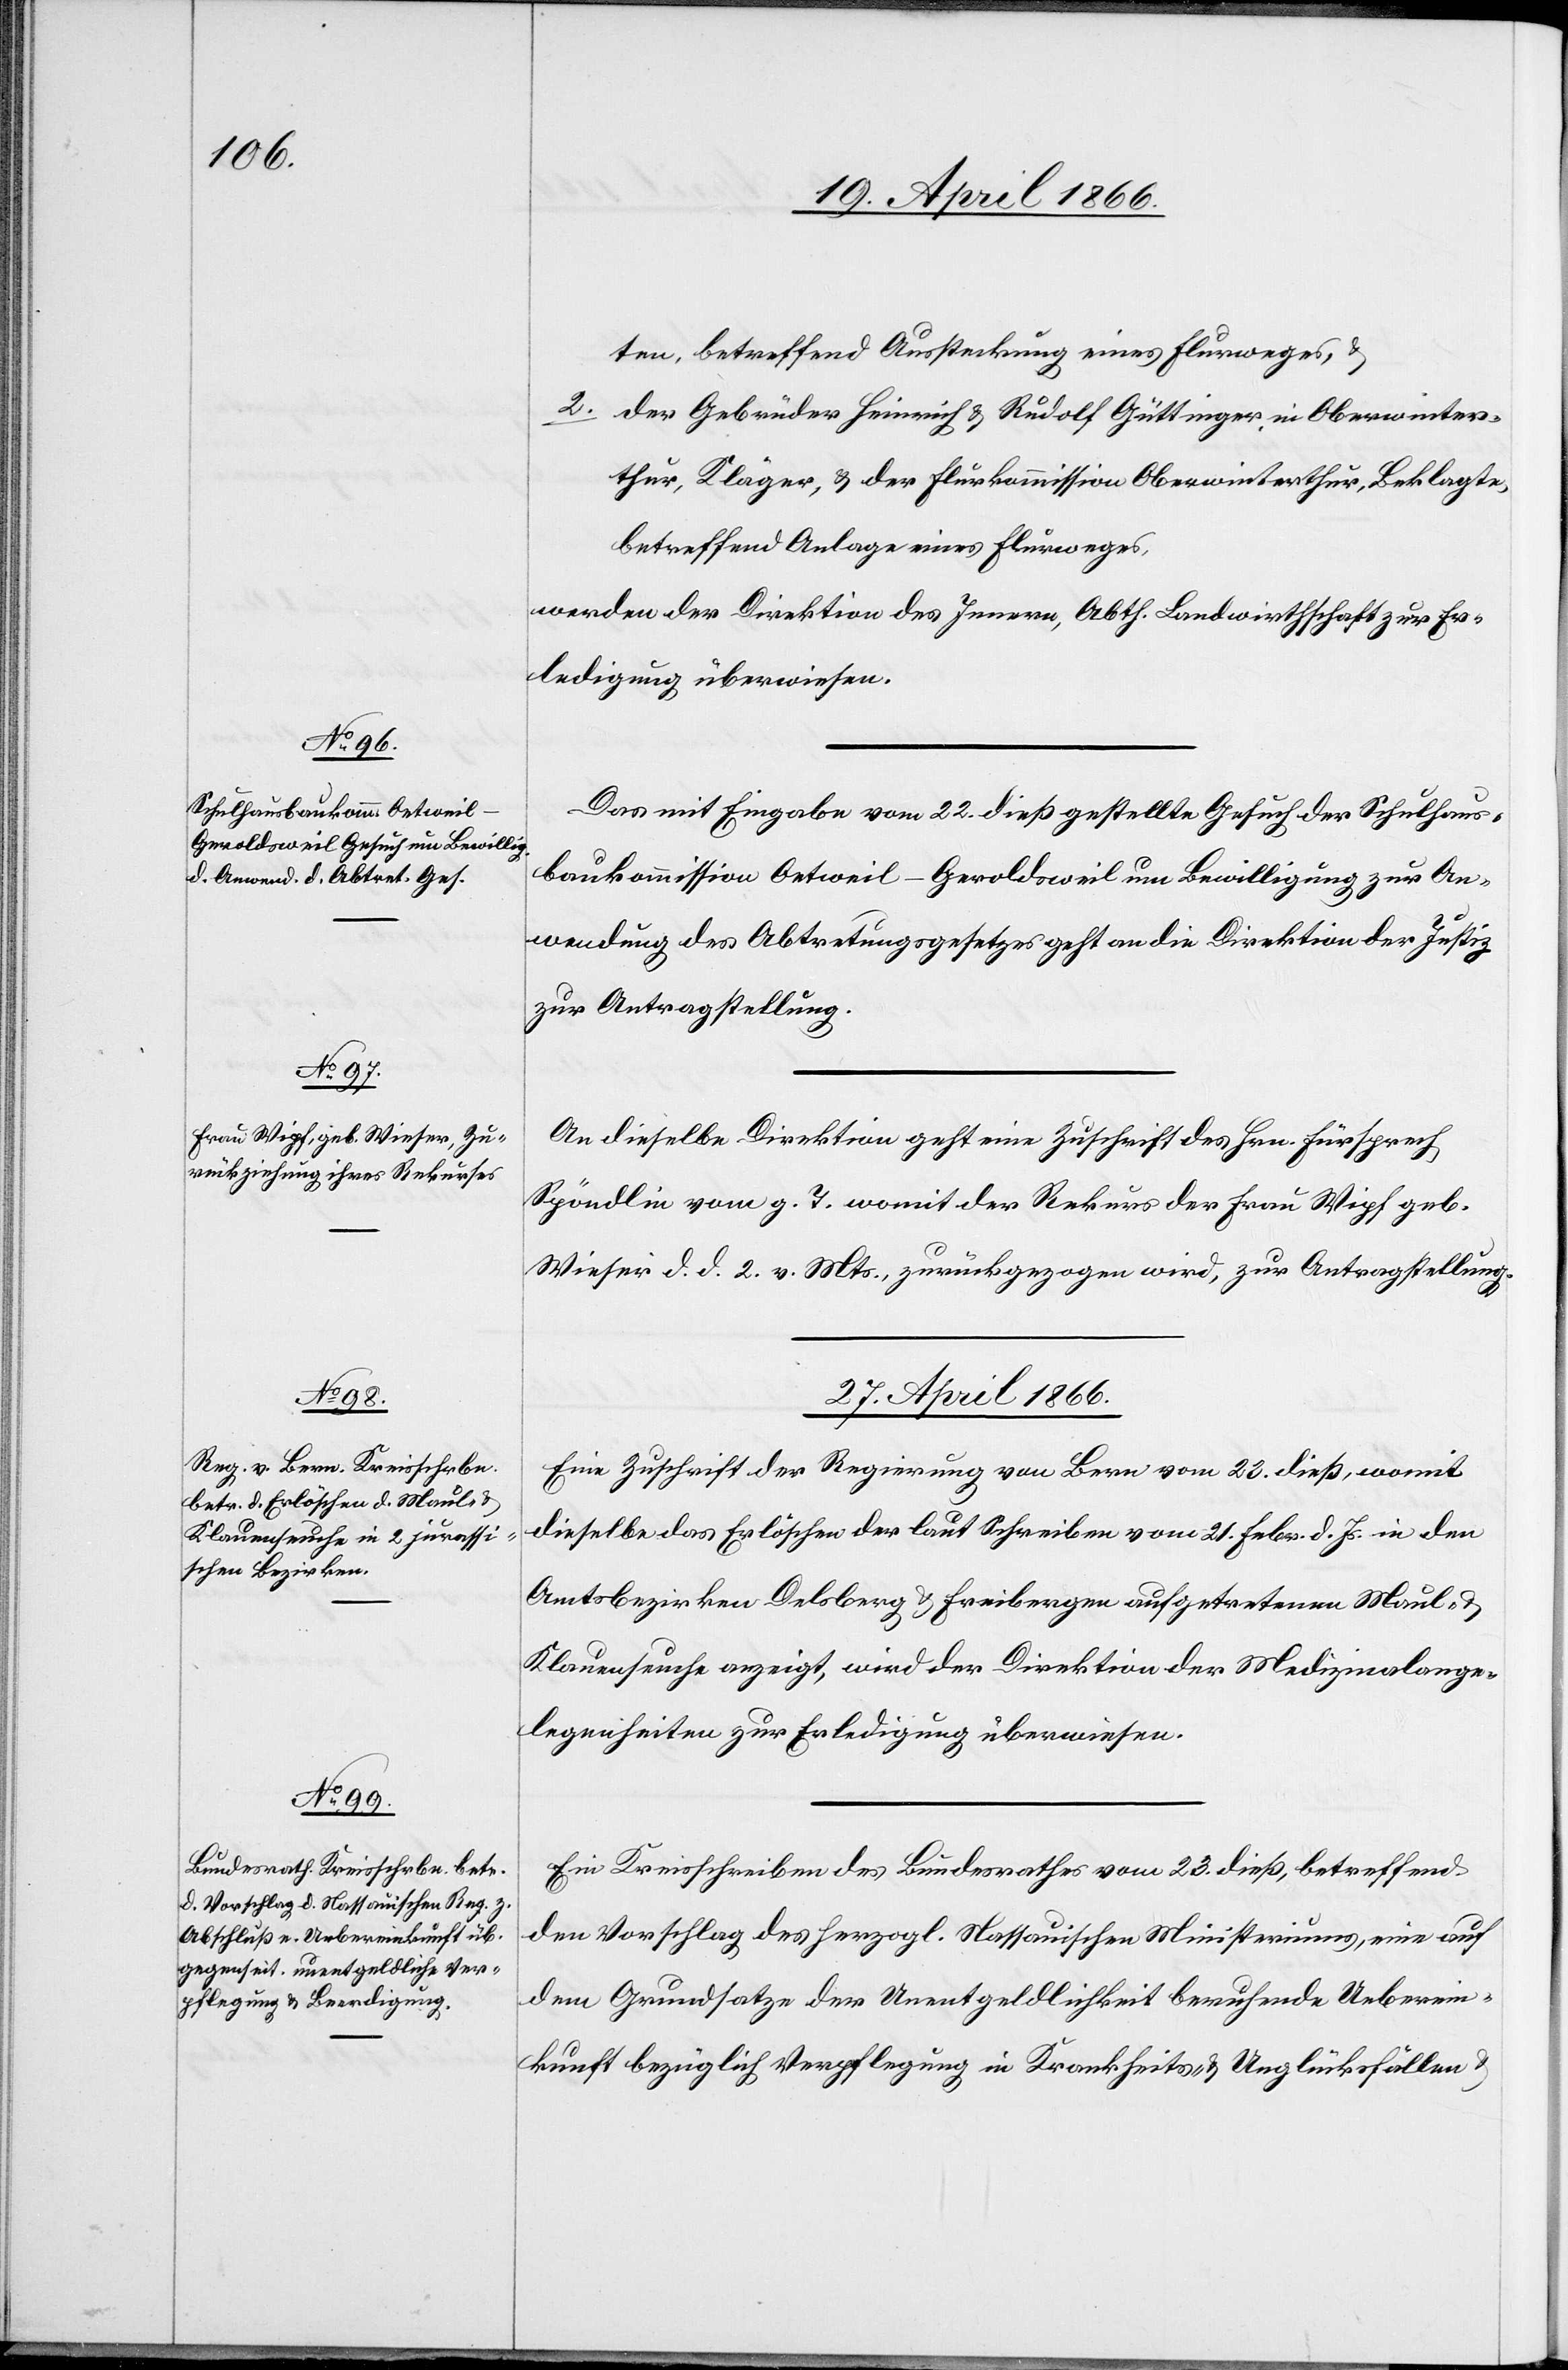
ten betreffend Aussteckung eines Flurweges, u.
2. der Gebrüder Heinrich u. Rudolf Güttinger in Oberwinter¬
thur, Kläger, u. der Flurkommission Oberwinterthur, Beklagte,
betreffend Anlage eines Flurweges,
werden der Direktion des Innern, Abth. Landwirthschaft zur Er¬
ledigung überwiesen.
Das mit Eingabe vom 22. dieß gestellte Gesuch der Schulhaus¬
baukommission Oetweil-Geroldsweil um Bewilligung zur An¬
wendung des Abtretungsgesetzes geht an die Direktion des Justiz
zur Antragstellung.
An dieselbe Direktion geht eine Zuschrift des Hrn. Fürsprech
Spöndli vom g. T. womit der Rekurs der Frau Wipf geb.
Wieser d. d. 2. v. Mts., zurückgezogen wird, zur Antragstellung.
27. April 1866.]
Eine Zuschrift der Regierung von Bern vom 23. dieß, womit
dieselbe das Erlöschen der laut Schreiben vom 21. Febr. d. Js. in den
Amtsbezirken Delsberg u. Freibergen aufgetretenen Maul- u.
Klauenseuche anzeigt, wird der Direktion der Medizinalange¬
legenheiten zur Erledigung überwiesen.
Ein Kreisschreiben des Bundesrathes vom 23. dieß, betreffend
den Vorschlag des herzogl. Nassauischen Ministeriums, eine auf
dem Grundsatze der Unentgeltlichkeit beruhende Ueberein¬
kunft bezüglich Verpflegung in Krankheits- u. Unglüksfällen